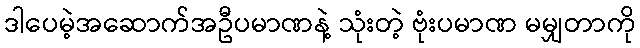
ဒါပေမဲ့အဆောက်အဦပမာဏနဲ့ သုံးတဲ့ ဗုံးပမာဏ မမျှတာကို